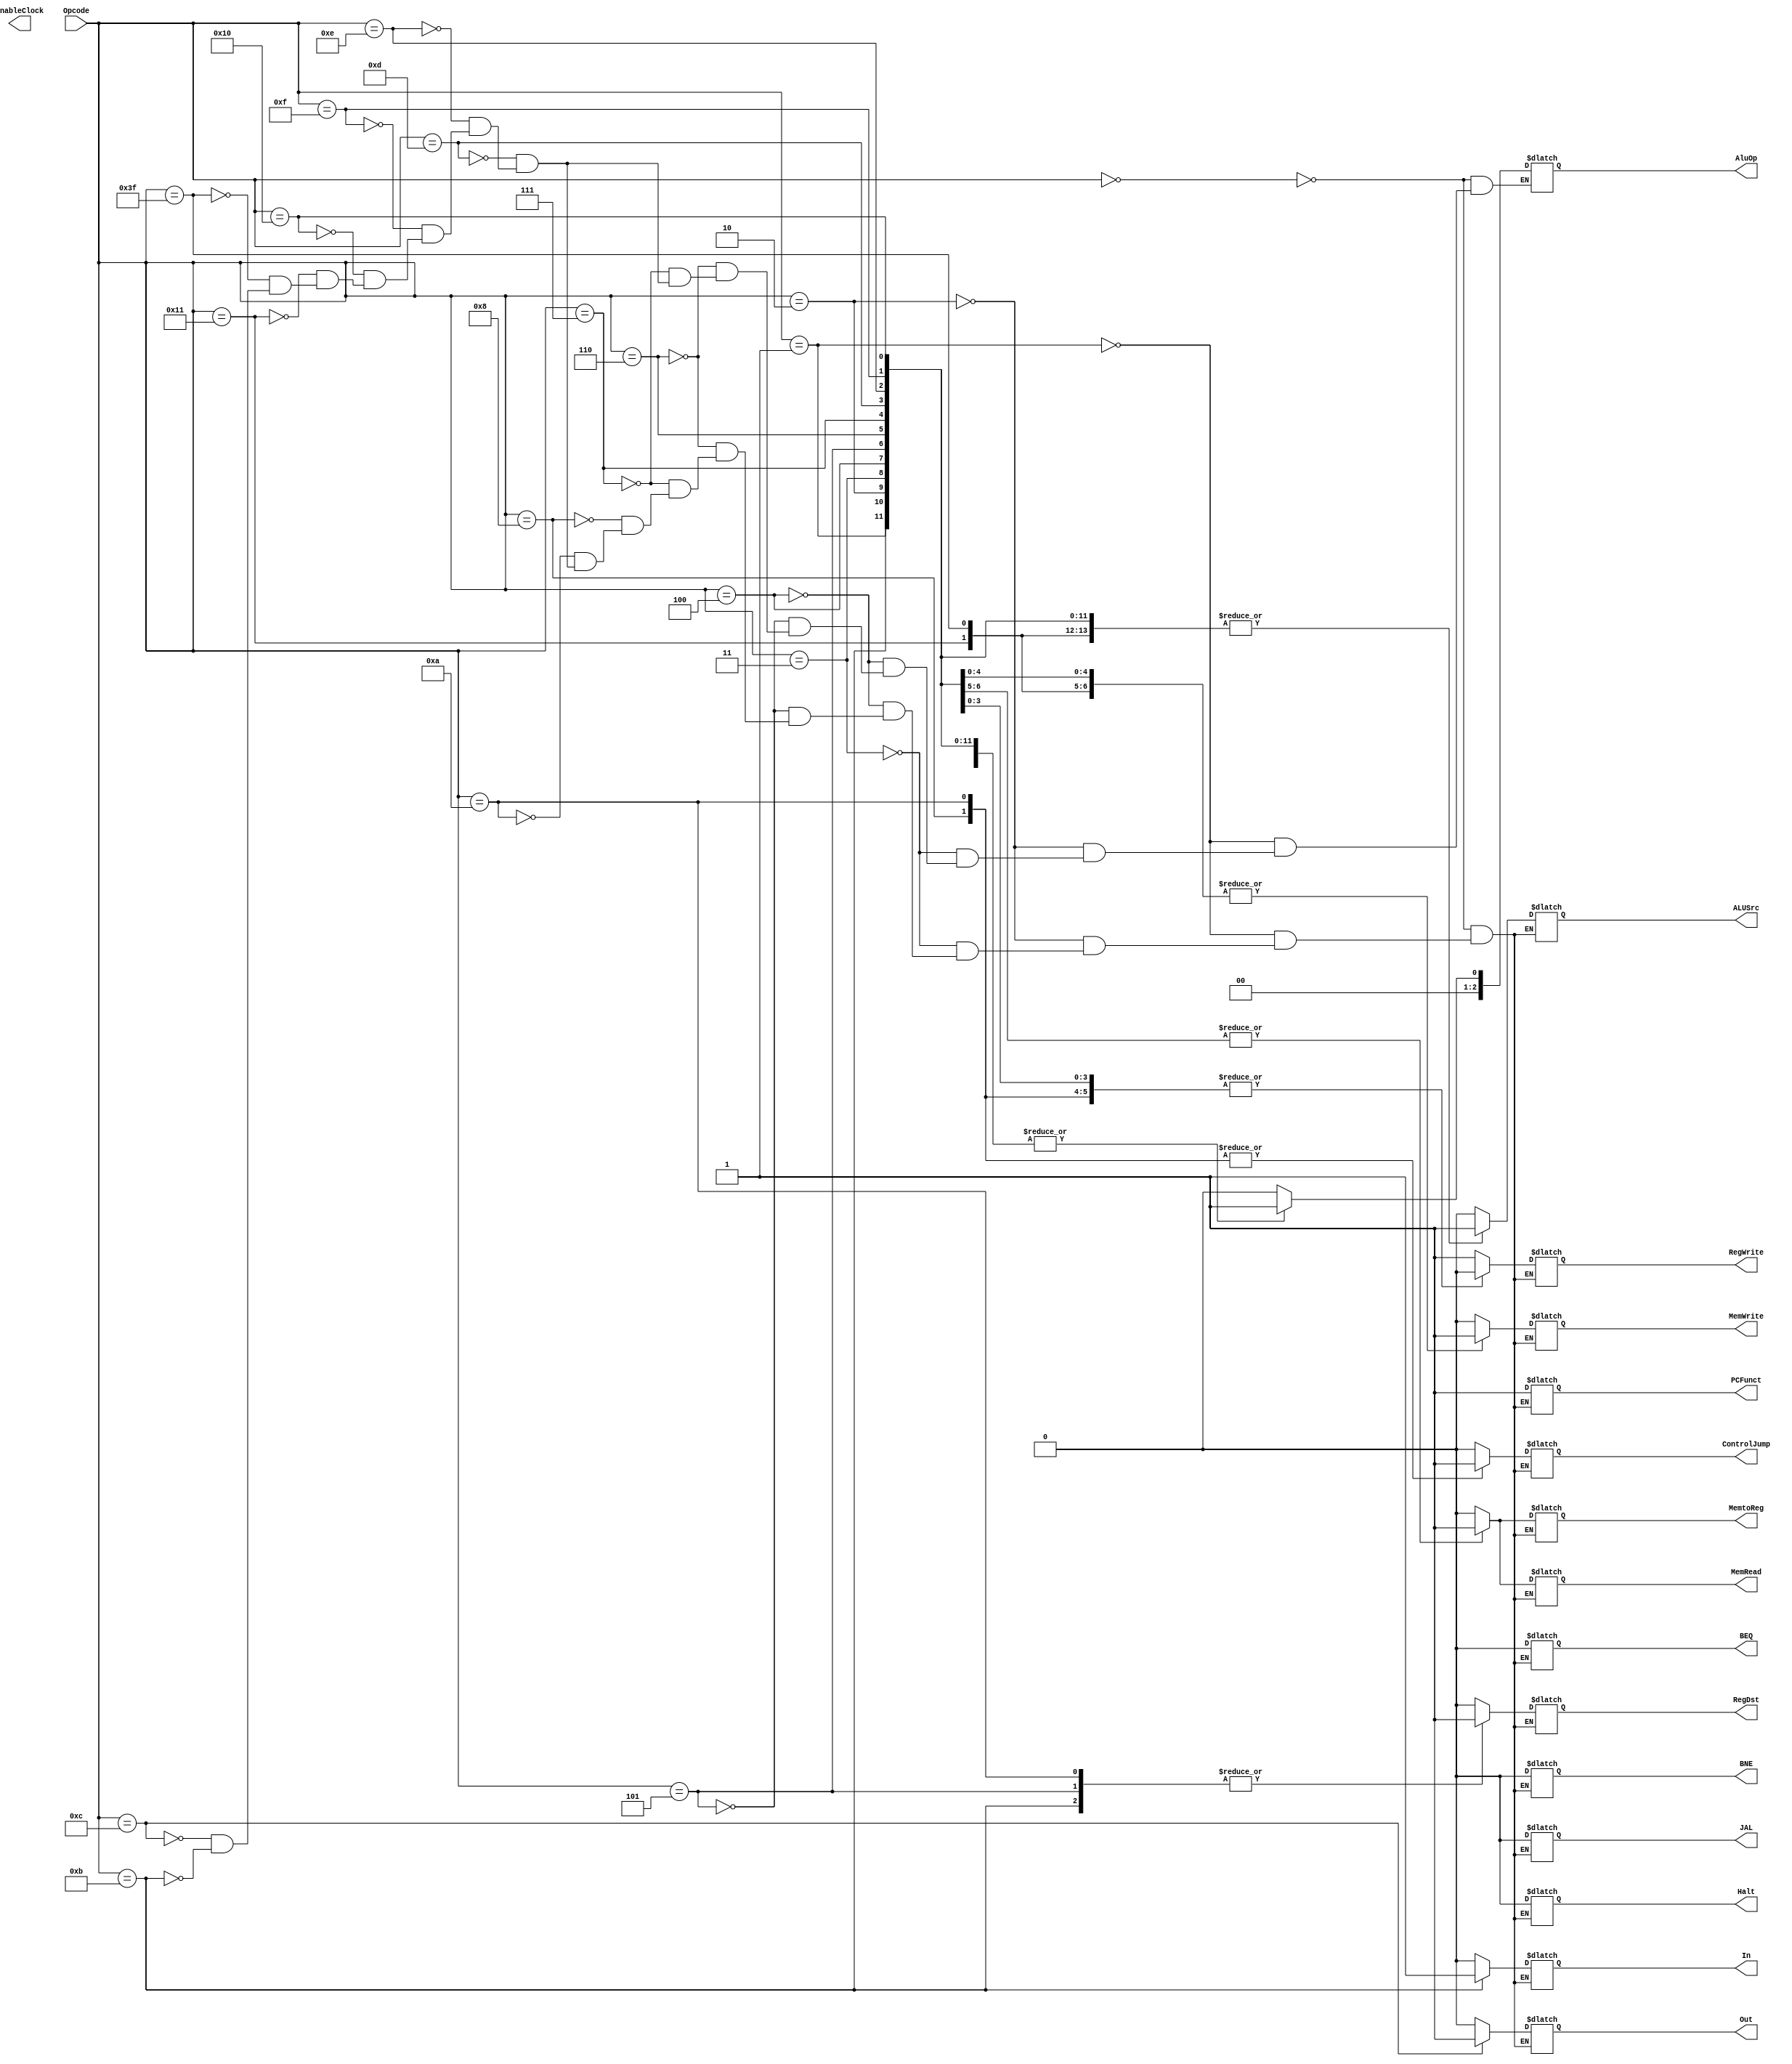
module UnidadedeControle (
    input [5:0] Opcode,
    output [2:0] AluOp, 
    output RegDst, MemRead, MemtoReg, MemWrite, ALUSrc,
    RegWrite, PCFunct, BEQ, BNE, ControlJump, Halt, 
    EnableClock, JAL, Out, In
);


	reg auxRegDst, auxMemRead, auxMemtoReg, auxMemWrite,
	auxALUSrc, auxRegWrite, auxPCFunct, auxBEQ, auxBNE,
	auxControlJump, auxHalt, auxJAL, auxOut, auxIn;

	reg [2:0] auxAluOp;

	reg auxEnable;

	always @(*)

	begin

		case(Opcode) 
			6'b000000: begin // Tipo R
				auxRegWrite <= 1;
				auxPCFunct <= 1;
				auxAluOp <= 3'b000;
				auxMemRead <= 0;
				auxMemWrite <= 0;
				auxMemtoReg <= 0;
				auxALUSrc <= 0;
				auxRegDst <= 0;
				auxBEQ <= 0;
				auxBNE <= 0;
				auxControlJump <= 0;
				auxHalt <= 0;
				auxJAL <= 0;
				auxOut <= 0;
				auxIn <= 0;
			end
			6'b000001: begin //ADDI
				auxRegWrite <= 1;
				auxPCFunct <= 1;
				auxAluOp <= 3'b001;
				auxMemRead <= 0;
				auxMemWrite <= 0;
				auxMemtoReg <= 0;
				auxALUSrc <= 1;
				auxRegDst <= 0;
				auxBEQ <= 0;
				auxBNE <= 0;
				auxControlJump <= 0;
				auxHalt <= 0;
				auxJAL <= 0;
				auxOut <= 0;
				auxIn <= 0;
			end
			6'b000010: begin //SUBI
				auxRegWrite <= 1;
				auxPCFunct <= 1;
				auxAluOp <= 3'b001;
				auxMemRead <= 0;
				auxMemWrite <= 0;
				auxMemtoReg <= 0;
				auxALUSrc <= 1;
				auxRegDst <= 0;
				auxBEQ <= 0;
				auxBNE <= 0;
				auxControlJump <= 0;
				auxHalt <= 0;
				auxJAL <= 0;
				auxOut <= 0;
				auxIn <= 0;
			end
			6'b000011: begin //ANDI
				auxRegWrite <= 1;
				auxPCFunct <= 1;
				auxAluOp <= 3'b001;
				auxMemRead <= 0;
				auxMemWrite <= 0;
				auxMemtoReg <= 0;
				auxALUSrc <= 1;
				auxRegDst <= 0;
				auxBEQ <= 0;
				auxBNE <= 0;
				auxControlJump <= 0;
				auxHalt <= 0;
				auxJAL <= 0;
				auxOut <= 0;
				auxIn <= 0;
			end
			6'b000100: begin //ORI
				auxRegWrite <= 1;
				auxPCFunct <= 1;
				auxAluOp <= 3'b001;
				auxMemRead <= 0;
				auxMemWrite <= 0;
				auxMemtoReg <= 0;
				auxALUSrc <= 1;
				auxRegDst <= 0;
				auxBEQ <= 0;
				auxBNE <= 0;
				auxControlJump <= 0;
				auxHalt <= 0;
				auxJAL <= 0;
				auxOut <= 0;
				auxIn <= 0;
			end
			6'b000101: begin //LW
				auxRegWrite <= 1;
				auxPCFunct <= 1;
				auxAluOp <= 3'b001;
				auxMemRead <= 1;
				auxMemWrite <= 0;
				auxMemtoReg <= 1;
				auxALUSrc <= 1;
				auxRegDst <= 1;
				auxBEQ <= 0;
				auxBNE <= 0;
				auxControlJump <= 0;
				auxHalt <= 0;
				auxJAL <= 0;
				auxOut <= 0;
				auxIn <= 0;
			end
			6'b000110: begin // LWI      !!!!! VER
				auxRegWrite <= 1;
				auxPCFunct <= 1;
				auxAluOp <= 3'b001;
				auxMemRead <= 1;
				auxMemWrite <= 0;
				auxMemtoReg <= 1;
				auxALUSrc <= 1;
				auxRegDst <= 0;
				auxBEQ <= 0;
				auxBNE <= 0;
				auxControlJump <= 0;
				auxHalt <= 0;
				auxJAL <= 0;
				auxOut <= 0;
				auxIn <= 0;
			end
			6'b000111: begin // SW
				auxRegWrite <= 0;
				auxPCFunct <= 1;
				auxAluOp <= 3'b001; 
				auxMemRead <= 0;
				auxMemWrite <= 1;
				auxMemtoReg <= 0;
				auxALUSrc <= 1;
				auxRegDst <= 0;
				auxBEQ <= 0;
				auxBNE <= 0;
				auxControlJump <= 0;
				auxHalt <= 0;
				auxJAL <= 0;
				auxOut <= 0;
				auxIn <= 0;
			end
			6'b001000: begin // J
				auxRegWrite <= 0;
				auxPCFunct <= 1;
//				auxAluOp <= 3'b001; // ???
				auxMemRead <= 0;
				auxMemWrite <= 0;
				auxMemtoReg <= 0;
				auxALUSrc <= 0;
				auxRegDst <= 0;
				auxBEQ <= 0;
				auxBNE <= 0;
				auxControlJump <= 1;
				auxHalt <= 0;
				auxJAL <= 0;
				auxOut <= 0;
				auxIn <= 0;
			end
//				auxRegWrite <= 0;
//				auxPCFunct <= 1;
////				auxAluOp <= 3'b001; // ???
//				auxMemRead <= 0;
//				auxMemWrite <= 0;
//				auxMemtoReg <= 0;
//				auxALUSrc <= 0;
//				auxRegDst <= 0;
//				auxBEQ <= 0;
//				auxBNE <= 0;
//				auxControlJump <= 1;
//				auxHalt <= 0;
//				auxJAL <= 0;
//			end
			6'b001010: begin // JAL
				auxRegWrite <= 0;
				auxPCFunct <= 1;
//				auxAluOp <= 3'b001; // ???
				auxMemRead <= 0;
				auxMemWrite <= 0;
				auxMemtoReg <= 0;
				auxALUSrc <= 0;
				auxRegDst <= 1;
				auxBEQ <= 0;
				auxBNE <= 0;
				auxControlJump <= 1;
				auxHalt <= 0;
				auxJAL <= 0;
				auxOut <= 0;
				auxIn <= 0;
			end
			6'b001101: begin // SLTI
				auxRegWrite <= 0;
				auxPCFunct <= 1;
				auxAluOp <= 3'b001; 
				auxMemRead <= 0;
				auxMemWrite <= 1;
				auxMemtoReg <= 0;
				auxALUSrc <= 1;
				auxRegDst <= 0;
				auxBEQ <= 0;
				auxBNE <= 0;
				auxControlJump <= 0;
				auxHalt <= 0;
				auxJAL <= 0;
				auxOut <= 0;
				auxIn <= 0;
			end
			6'b001110: begin // BEQ
				auxRegWrite <= 0;
				auxPCFunct <= 1;
				auxAluOp <= 3'b001; 
				auxMemRead <= 0;
				auxMemWrite <= 1;
				auxMemtoReg <= 0;
				auxALUSrc <= 1;
				auxRegDst <= 0;
				auxBEQ <= 0;
				auxBNE <= 0;
				auxControlJump <= 0;
				auxHalt <= 0;
				auxJAL <= 0;
				auxOut <= 0;
				auxIn <= 0;
			end
			6'b001111: begin // BNE
				auxRegWrite <= 0;
				auxPCFunct <= 1;
				auxAluOp <= 3'b001; 
				auxMemRead <= 0;
				auxMemWrite <= 1;
				auxMemtoReg <= 0;
				auxALUSrc <= 1;
				auxRegDst <= 0;
				auxBEQ <= 0;
				auxBNE <= 0;
				auxControlJump <= 0;
				auxHalt <= 0;
				auxJAL <= 0;
				auxOut <= 0;
				auxIn <= 0;
			end
			6'b010000: begin // Move
				auxRegWrite <= 0;
				auxPCFunct <= 1;
				auxAluOp <= 3'b001; 
				auxMemRead <= 0;
				auxMemWrite <= 1;
				auxMemtoReg <= 0;
				auxALUSrc <= 1;
				auxRegDst <= 0;
				auxBEQ <= 0;
				auxBNE <= 0;
				auxControlJump <= 0;
				auxHalt <= 0;
				auxJAL <= 0;
				auxOut <= 0;
				auxIn <= 0;
			end
			6'b010001: begin // Nop
				auxRegWrite <= 0;
				auxPCFunct <= 1;
				auxAluOp <= 3'b001; 
				auxMemRead <= 0;
				auxMemWrite <= 1;
				auxMemtoReg <= 0;
				auxALUSrc <= 1;
				auxRegDst <= 0;
				auxBEQ <= 0;
				auxBNE <= 0;
				auxControlJump <= 0;
				auxHalt <= 0;
				auxJAL <= 0;
				auxOut <= 0;
				auxIn <= 0;
			end
			6'b111111: begin // Halt
				auxRegWrite <= 0;
				auxPCFunct <= 1;
				auxAluOp <= 3'b001; 
				auxMemRead <= 0;
				auxMemWrite <= 1;
				auxMemtoReg <= 0;
				auxALUSrc <= 1;
				auxRegDst <= 0;
				auxBEQ <= 0;
				auxBNE <= 0;
				auxControlJump <= 0;
				auxHalt <= 0;
				auxJAL <= 0;
				auxOut <= 0;
				auxIn <= 0;
			end
			6'b001100: begin // Out
				auxRegWrite <= 0;
				auxPCFunct <= 1;
				auxAluOp <= 3'b001; 
				auxMemRead <= 0;
				auxMemWrite <= 0;
				auxMemtoReg <= 0;
				auxALUSrc <= 0;
				auxRegDst <= 0;
				auxBEQ <= 0;
				auxBNE <= 0;
				auxControlJump <= 0;
				auxHalt <= 0;
				auxJAL <= 0;
				auxOut <= 1;
				auxIn <= 0;
			end
			6'b001011: begin // In
				auxRegWrite <= 1;
				auxPCFunct <= 1;
				auxAluOp <= 3'b001; 
				auxMemRead <= 0;
				auxMemWrite <= 0;
				auxMemtoReg <= 0;
				auxALUSrc <= 1;
				auxRegDst <= 1;
				auxBEQ <= 0;
				auxBNE <= 0;
				auxControlJump <= 0;
				auxHalt <= 0;
				auxJAL <= 0;
				auxOut <= 0;
				auxIn <= 1;
			end
		endcase
	end
	
	assign RegDst = auxRegDst;
	assign MemRead = auxMemRead;
	assign MemtoReg = auxMemtoReg;
	assign MemWrite = auxMemWrite;
	assign ALUSrc = auxALUSrc;
	assign RegWrite = auxRegWrite;
	assign PCFunct = auxPCFunct;
	assign BEQ = auxBEQ;
	assign BNE = auxBNE;
	assign ControlJump = auxControlJump;
	assign Halt = auxHalt;
	assign EnableClock = auxEnable;
	assign JAL = auxJAL;
	assign Out = auxOut;
	assign In = auxIn;
	assign AluOp = auxAluOp;
	
	
	
endmodule